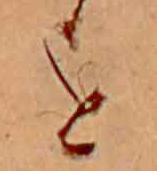
を